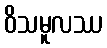
ဝိသမူလဿ